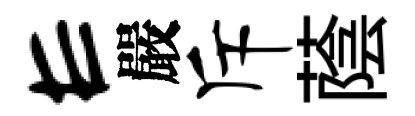
E嚴斥蔭